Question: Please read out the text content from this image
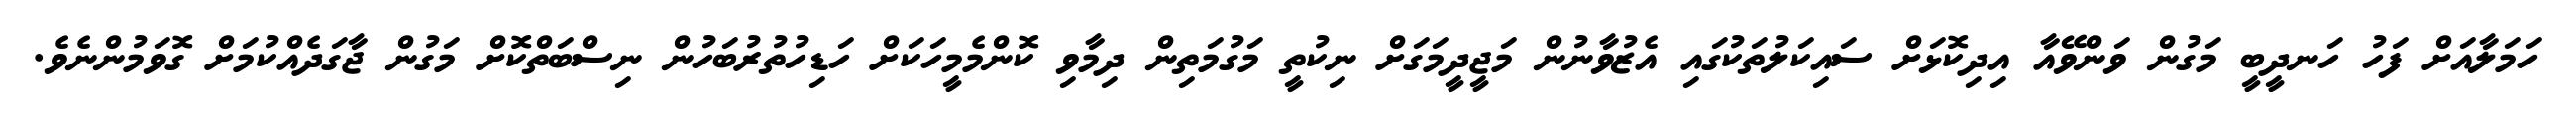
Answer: ހަމަލާއަށް ފަހު ހަނދީބީ މަގުން ވަންވޭއާ އިދިކޮޅަށް ސައިކަލުތަކުގައި އެޒުވާނުން މަޖީދީމަގަށް ނިކުތީ މަގުމަތިން ދިމާވި ކޮންމެމީހަކަށް ހަޑިހުތުރުބަހުން ނިސްބަތްކޮށް މަގުން ޖާގަދެއްކުމަށް ގޮވަމުންނެވެ.